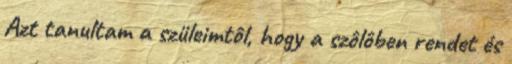
Azt tanultam a szüleimtôl, hogy a szôlôben rendet és